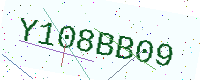
Text: Y108BB09